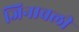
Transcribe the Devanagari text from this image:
जिनावली